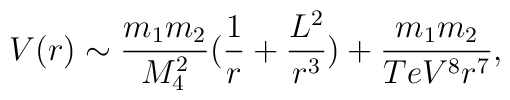
V(r) \sim \frac{m_1 m_2}{M_{4}^2} (\frac{1}{r} + \frac{L^2}{r^3}) + \frac{m_1m_2}{TeV^8 r^7},